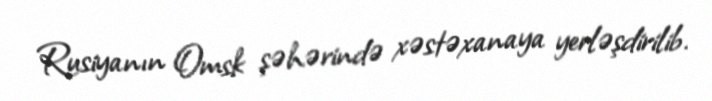
Rusiyanın Omsk şəhərində xəstəxanaya yerləşdirilib.